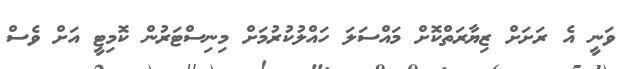
ވަނީ އެ ރަށަށް ޒިޔާރަތްކޮށް މައްސަލަ ހައްލުކުރުމަށް މިނިސްޓަރުން ކޮމިޓީ އަށް ވެސް